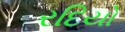
રદિયો